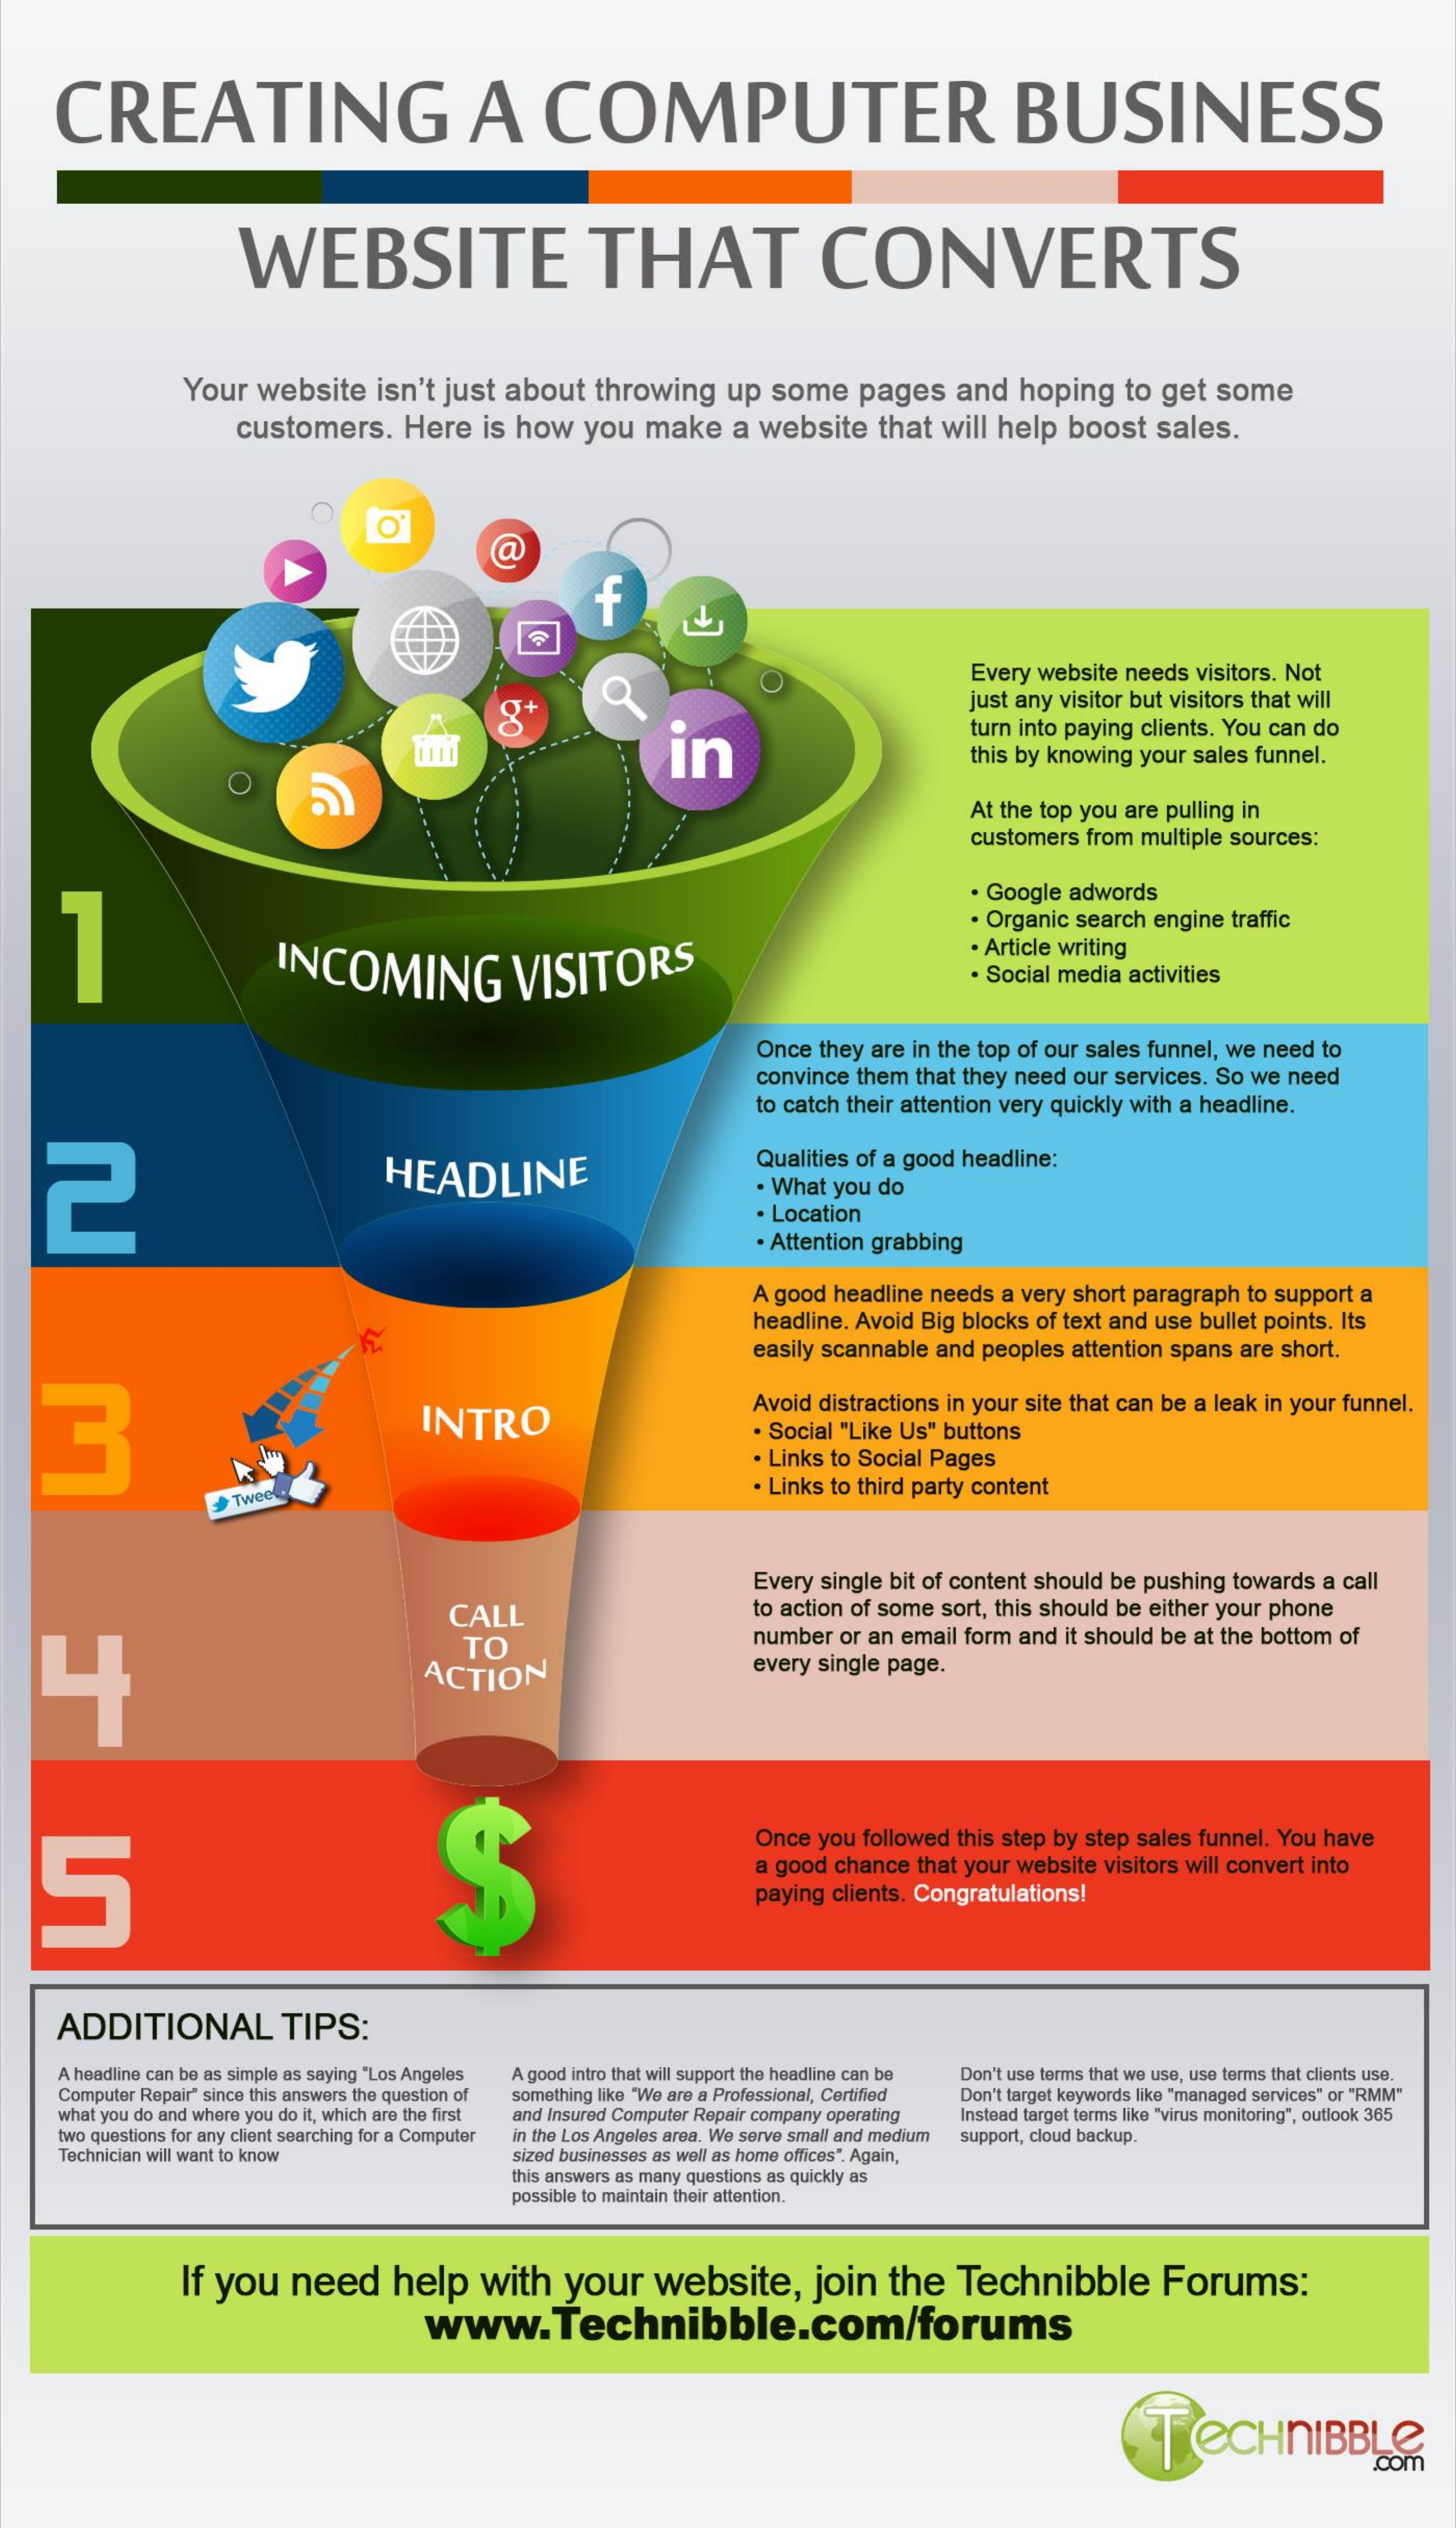
CREATING    A    COMPUTER    BUSINESS
     WEBSITE    THAT    CONVERTS
     Your website isn't just about throwing up some pages and hoping to get some
     customers. Here is how you make a website that will help boost sales.
     Every website needs visitors. Not
     just any visitor but visitors that will
     in
     turn into paying clients. You can do
     this by knowing your sales funnel.
     At the top you are pulling in
     customers from multiple sources:
     . Google adwords
     INCOMING    VISITORS
     . Organic search engine traffic
     . Article writing
     Social media activities
     Once they are in the top of our sales funnel, we need to
     convince them that they need our services. So we need
     to catch their attention very quickly with a headline.
   2    HEADLINE
     Qualities of a good headline:
     . What you do
     . Location
     · Attention grabbing
     A good headline needs a very short paragraph to support a
     headline. Avoid Big blocks of text and use bullet points. Its
     easily scannable and peoples attention spans are short.
  3    INTRO
     Avoid distractions in your site that can be a leak in your funnel.
     . Social "Like Us" buttons
     . Links to Social Pages
     . Links to third party content
     Twee
     Every single bit of content should be pushing towards a call
     CALL    to action of some sort, this should be either your phone
   4
     TO    number or an email form and it should be at the bottom of
     ACTION    every single page.
   5    $
     Once you followed this step by step sales funnel. You have
     a good chance that your website visitors will convert into
     paying clients. Congratulations!
    ADDITIONAL    TIPS:
    A headline can be as simple as saying "Los Angeles    Don't use terms that we use, use terms that clients use.
    Computer Repair" since this answers the question of
     A good intro that will support the headline can be
    what you do and where you do it, which are the first
     something like "We are a Professional, Certified
     and Insured Computer Repair company operating
     Don't target keywords like "managed services" or "RMM"
    two questions for any client searching for a Computer in the Los Angeles area. We serve small and medium
     Instead target terms like "virus monitoring", outlook 365
    Technician will want to know  sized businesses as well as home offices". Again,
     support, cloud backup.
     this answers as many questions as quickly as
     possible to maintain their attention.
     If you need  help  with  your  website,  join the Technibble   Forums:
     www.Technibble.com/forums
     TECHNIBBLE